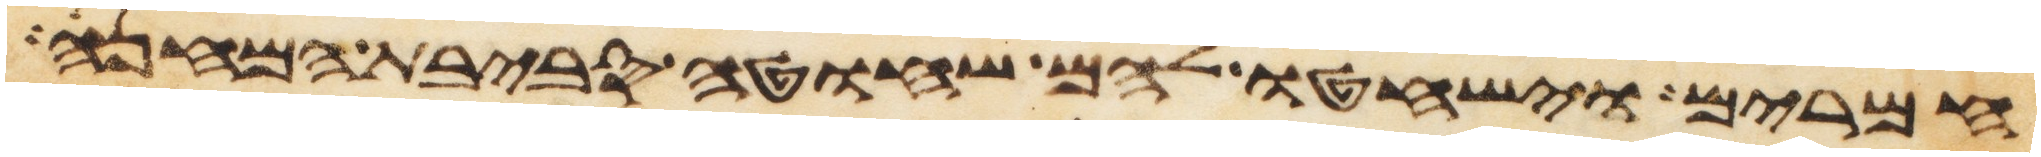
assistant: חמרים וישחטו להם שחוט סביבת המחנה